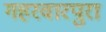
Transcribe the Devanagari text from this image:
गहरवारपुरा